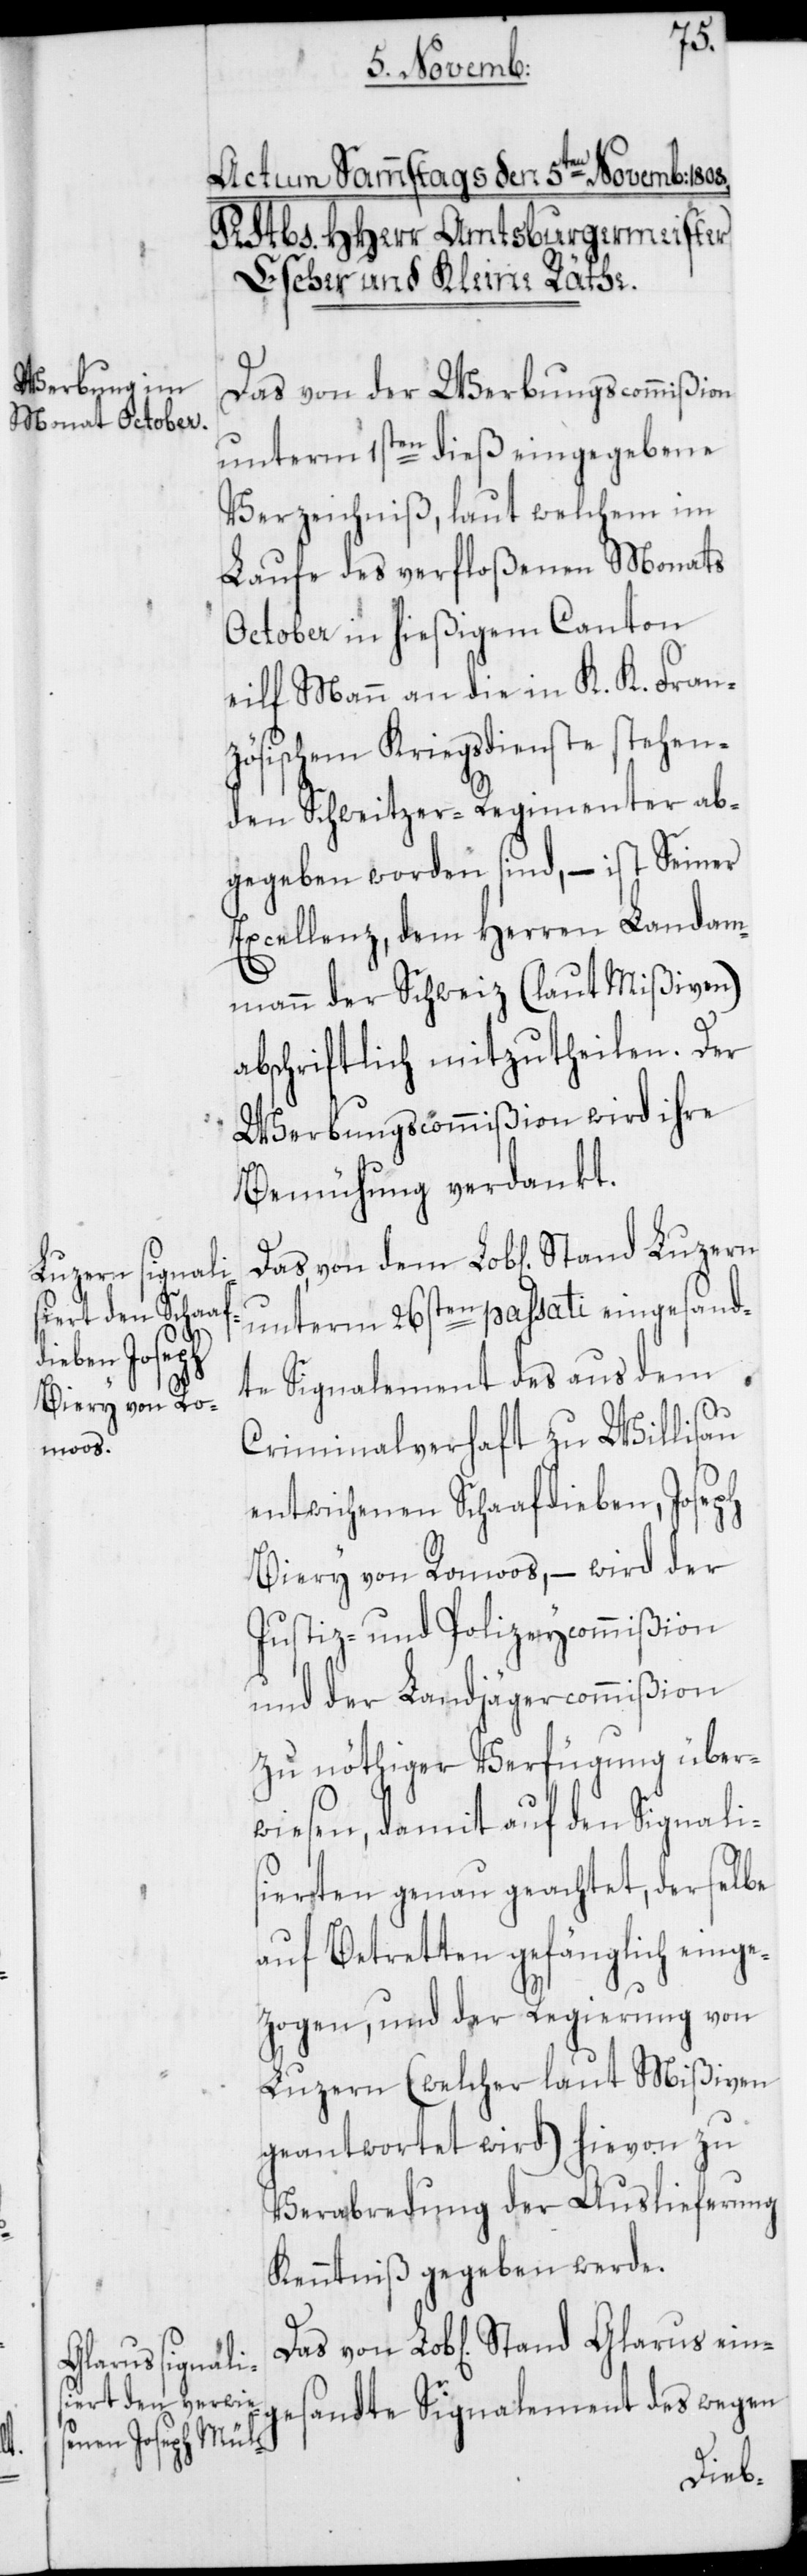
Glarus ein¬

Das von der Werbungscommißion
unterm 1sten dieß eingegebene
Verzeichniß, laut welchem im
Laufe des verfloßenen Monats
October in hießigem Canton
eilf Mann an die in K. K. Fran¬
zösischem Kriegsdienste stehen¬
den Schweitzer-Regimenter ab¬
gegeben worden sind, – ist Seiner
Excellenz, dem Herren Landam¬
mann der Schweiz (laut Mißiven)
abschriftlich mitzutheilen. Der
Werbungscommißion wird ihre
Bemühung verdankt.
unterm 26sten passati eingesand¬
te Signalement des aus dem
Criminalverhaft zu Willisau
entwichenen Schaafdieben, Joseph
Biery von Romoos, – wird der
Justiz- und Polizeycommißion
und der Landjägercommißion
zu nöthiger Verfügung über¬
wiesen, damit auf den Signali¬
sierten genau geachtet, derselbe
auf Betretten gefänglich einge¬
zogen, und der Regierung von
Luzern (welcher laut Mißiven
geantwortet wird) hievon zu
Verabredung der Auslieferung
Kenntniß gegeben werde.
gesandte Signalement des wegen